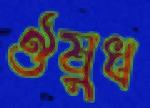
ঔষুধ